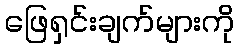
ဖြေရှင်းချက်များကို